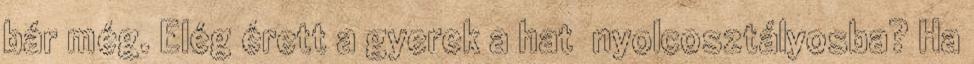
bár még. Elég érett a gyerek a hat nyolcosztályosba? Ha